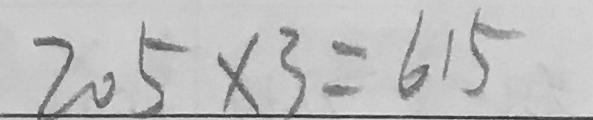
2 0 5 \times 3 = 6 1 5